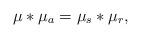
LaTeX: \begin{align*} \mu\ast \mu_a = \mu_s \ast \mu_r,\end{align*}